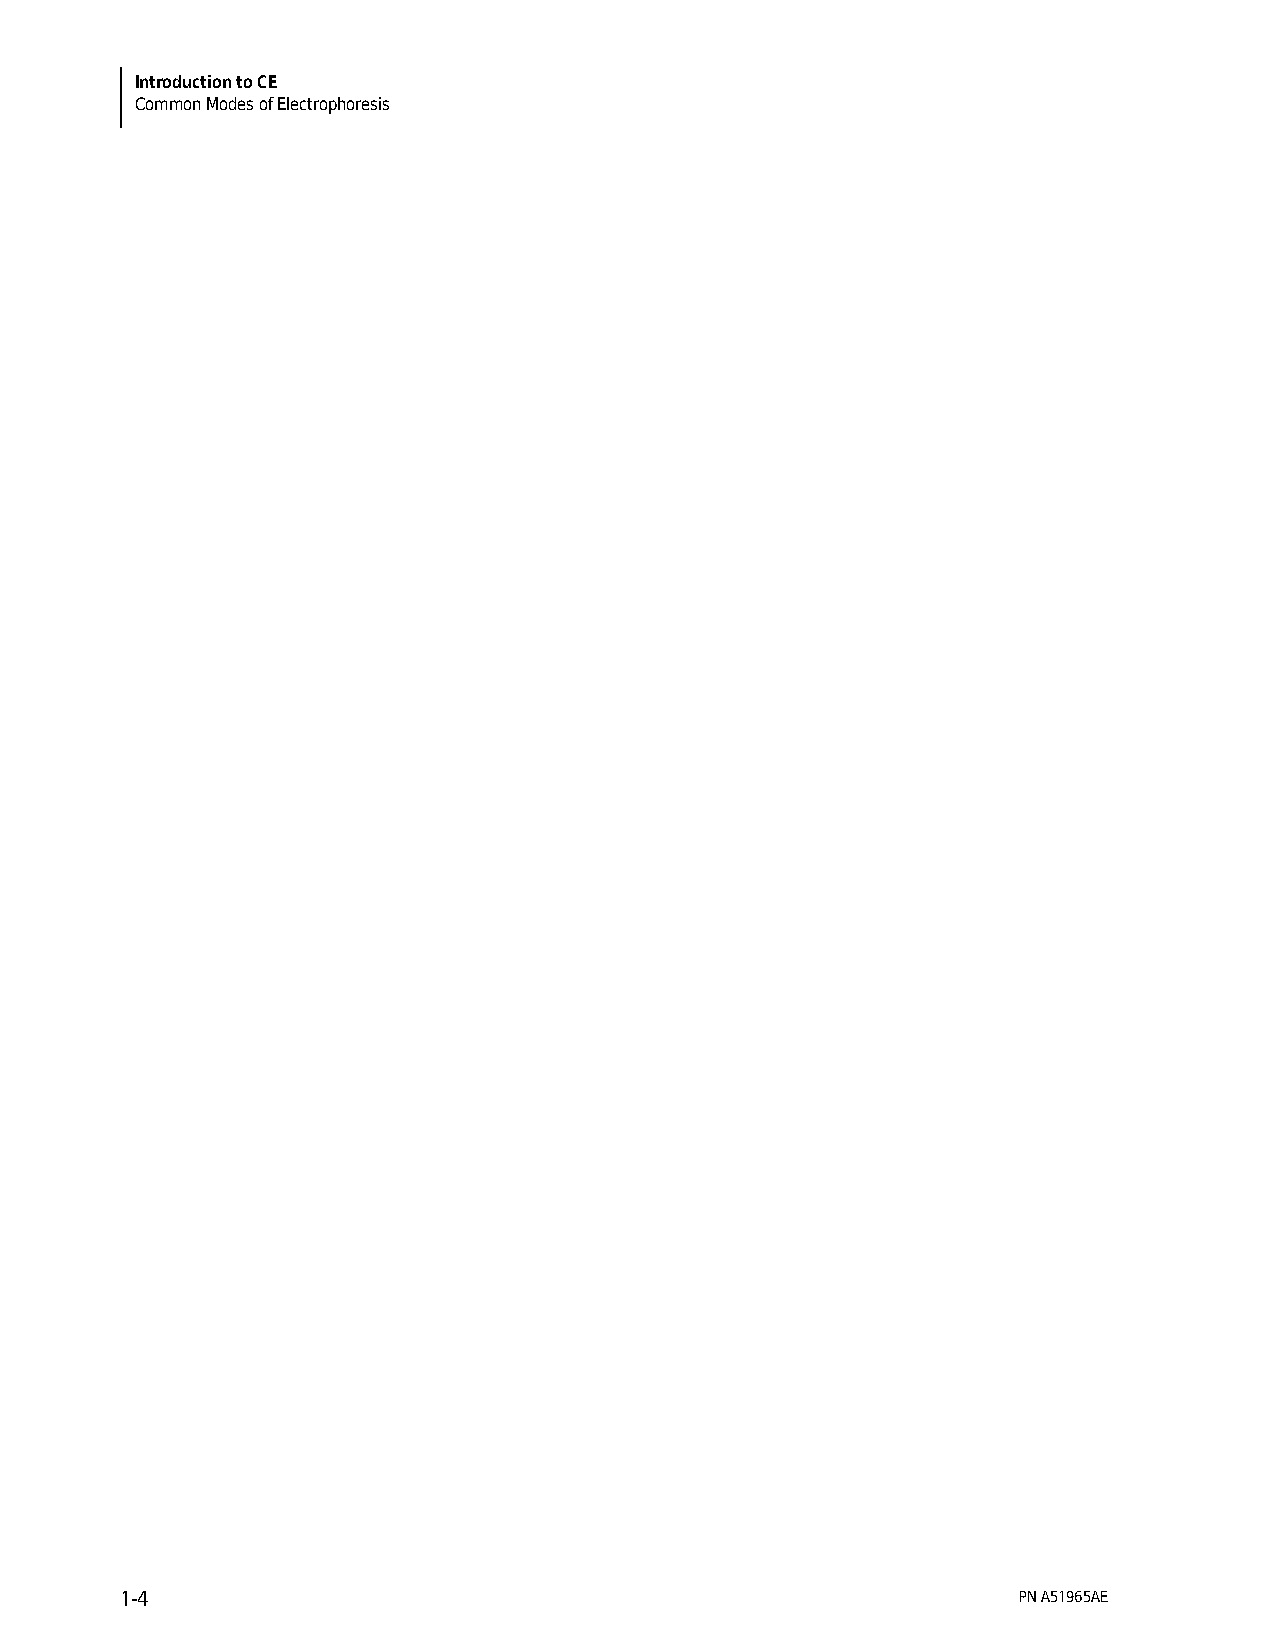
Introduction to CE
 Common Modes of Electrophoresis
 1-4                                                        PN A51965AE